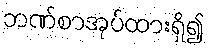
ဘဏ်စာအုပ်ထားရှိ၍